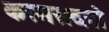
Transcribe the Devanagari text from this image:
करमसदनो